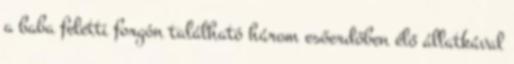
a baba feletti forgón található három esőerdőben élő állatkával